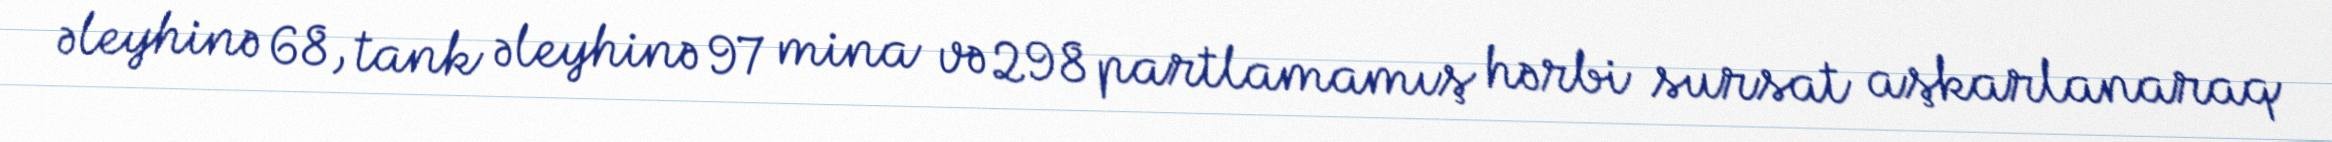
əleyhinə 68, tank əleyhinə 97 mina və 298 partlamamış hərbi sursat aşkarlanaraq